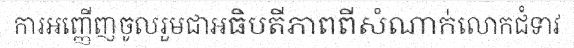
ការអញ្ញើញចូលរួមជាអធិបតីភាពពីសំណាក់លោកជំទាវ